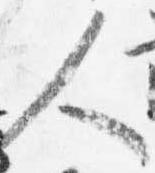
人